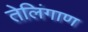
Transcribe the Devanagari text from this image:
तेलिंगाण